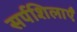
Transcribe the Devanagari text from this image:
सर्पशिलाएँ